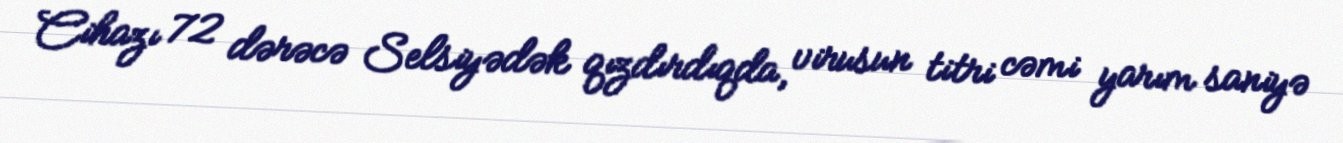
Cihazı 72 dərəcə Selsiyədək qızdırdıqda, virusun titri cəmi yarım saniyə